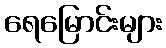
ရေမြောင်းများ